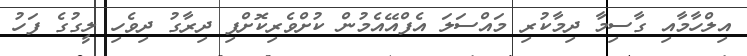
އިލްހާމާއި ގާސިމާ ދިމާކުރި މައްސަލަ އެފްއޭއެމުން ކުށްވެރިކޮށްފި ދިރާގު ދިވެހި ލީގުގެ ފަހު